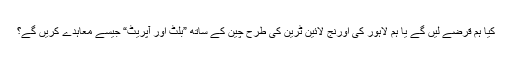
کیا ہم قرضے لیں گے یا ہم لاہور کی اورنج لائین ٹرین کی طرح چین کے ساتھ ”بلٹ اور آپریٹ“ جیسے معاہدے کریں گے؟